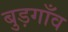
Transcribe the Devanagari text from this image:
बुड़गाँव